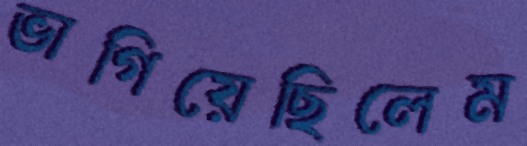
ভাগিয়েছিলেম